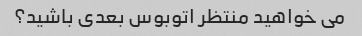
می خواهید منتظر اتوبوس بعدی باشید؟